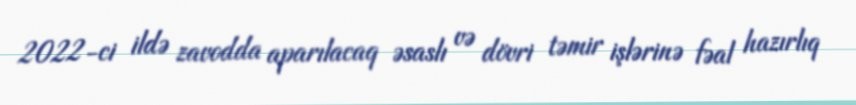
2022-ci ildə zavodda aparılacaq əsaslı və dövri təmir işlərinə fəal hazırlıq